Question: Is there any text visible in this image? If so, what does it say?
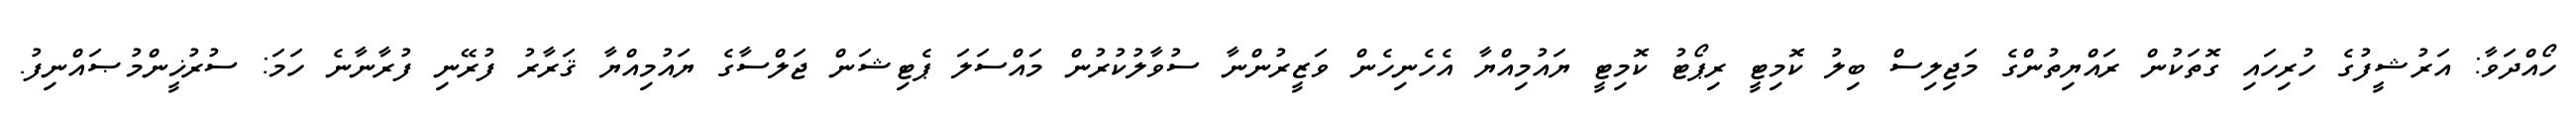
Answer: ހޯއްދަވާ: އަރުޝީފުގެ ހުރިހައި ގޮތަކުން ރައްޔިތުންގެ މަޖިލިސް ބިލު ކޮމިޓީ ރިޕޯޓު ކޮމިޓީ ޔައުމިއްޔާ އެހެނިހެން ވަޒީރުންނާ ސުވާލުކުރުން މައްސަލަ ޕެޓިޝަން ޖަލްސާގެ ޔައުމިއްޔާ ޤަރާރު ފުރޭނި ފުރާނާނެ ހަމަ: ސުރުޚީންމުޞައްނިފު.